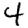
Digit: 4